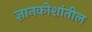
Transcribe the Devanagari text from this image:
ज्ञानकोशांतील